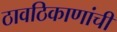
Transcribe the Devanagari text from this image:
ठावठिकाणांची